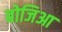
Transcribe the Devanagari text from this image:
बोजिआ